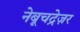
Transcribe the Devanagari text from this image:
नेबूचद्रेज़र